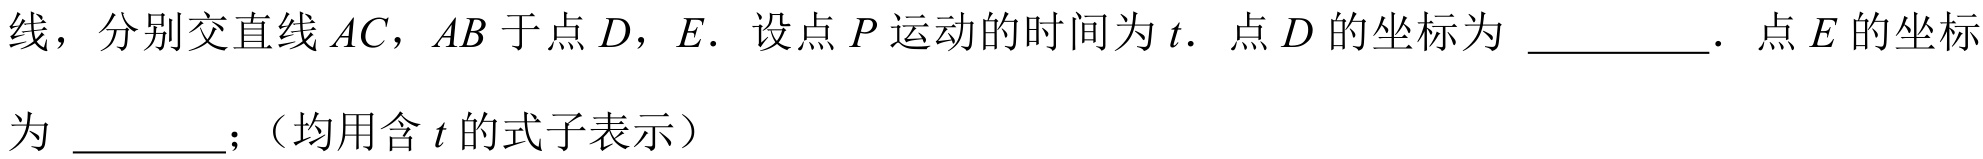
线，分别交直线\(AC\)，\(AB\)于点\(D\)，\(E\)．设点\(P\)运动的时间为\(t\)．点\(D\)的坐标为 \_\_\_\_\_\_．点\(E\)的坐标为 \_\_\_\_\_；（均用含\(t\)的式子表示）